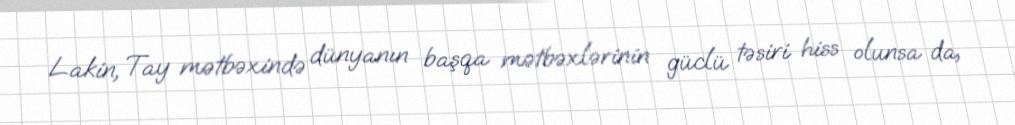
Lakin, Tay mətbəxində dünyanın başqa mətbəxlərinin güclü təsiri hiss olunsa da,